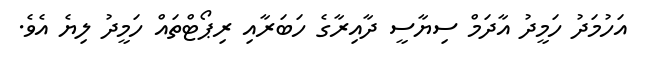
އަހުމަދު ހަމީދު އާދަމް ސިޔާސީ ދާއިރާގެ ހަބަރާއި ރިޕޯޓްތައް ހަމީދު ލިޔެ އެވެ.